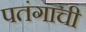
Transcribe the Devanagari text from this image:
पतंगाची